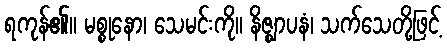
ရကုန်၏။ မစ္စုနော၊ သေမင်းကို။ နိဇ္ဈာပနံ၊ သက်သေတို့ဖြင့်